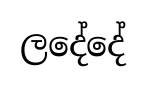
ලදේදේ